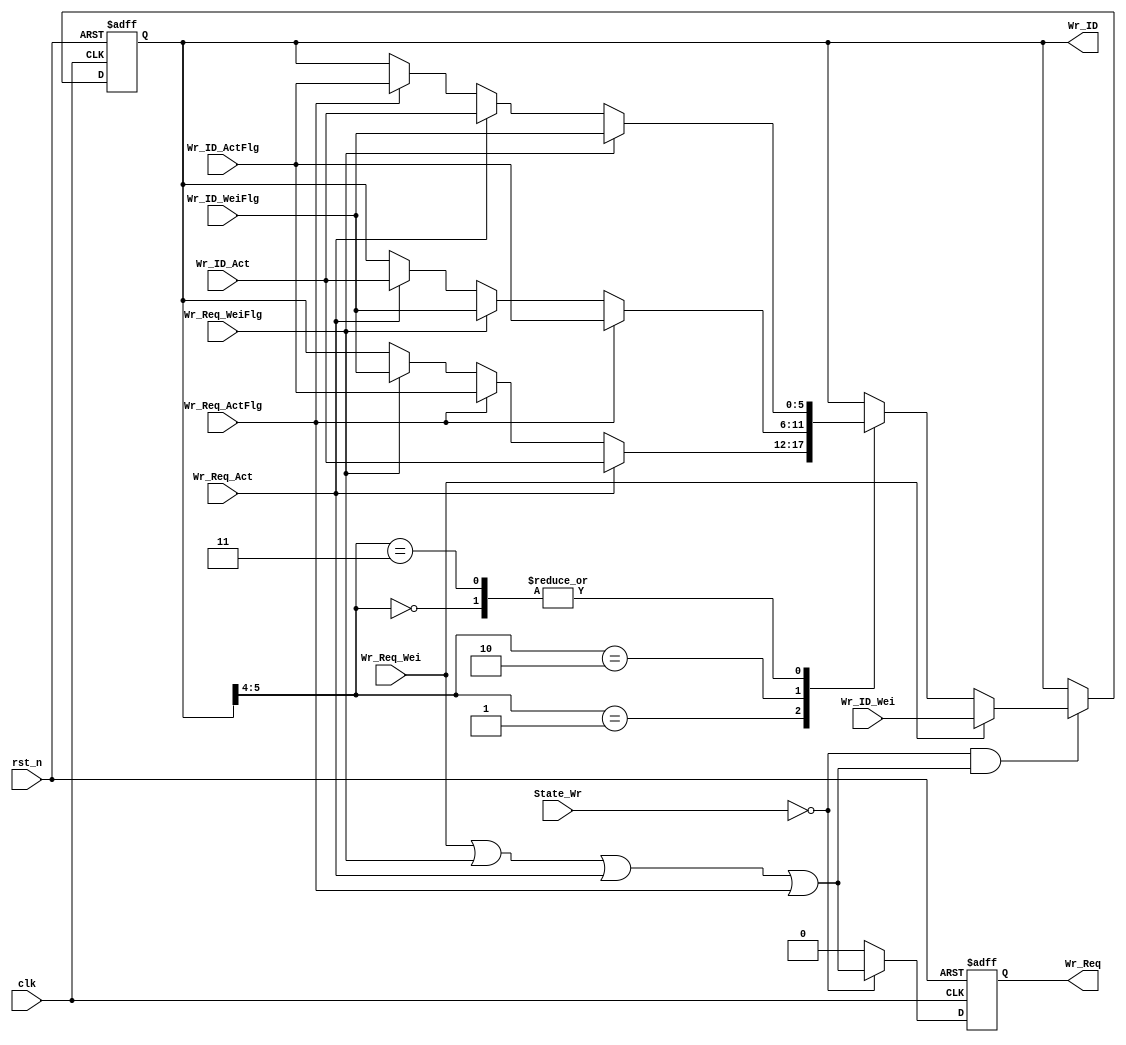
module ARB_WR2SRAM (
    input clk, 
    input rst_n, 
    input [1 : 0]State_Wr, 
    input [5 : 0]Wr_ID_Wei, Wr_ID_WeiFlg, Wr_ID_Act, Wr_ID_ActFlg, 
    input Wr_Req_Wei, Wr_Req_WeiFlg, Wr_Req_Act, Wr_Req_ActFlg, 

    output reg [5 : 0]Wr_ID, 
    output reg Wr_Req

);

parameter IDLE = 2'b00, REQ_READY = 2'b01, READY_TO_WRITE = 2'b11, WRITE = 2'b10; 

always @(posedge clk or negedge rst_n) begin
    if (~rst_n) begin
        Wr_Req <= 0;        
    end else if (State_Wr == IDLE) begin
        Wr_Req <= Wr_Req_Wei | Wr_Req_WeiFlg | Wr_Req_Act | Wr_Req_ActFlg;
    end else begin
        Wr_Req <= 0;
    end
end

always @(posedge clk or negedge rst_n) begin
    if (~rst_n) begin
        Wr_ID <= 0;    
    end else if ((State_Wr == IDLE) && (Wr_Req_Wei | Wr_Req_WeiFlg | Wr_Req_Act | Wr_Req_ActFlg) == 1) begin
        if (Wr_Req_Wei) begin
            Wr_ID <= Wr_ID_Wei;
        end else begin
            case(Wr_ID[5 : 4])
            2'b00: if (Wr_Req_WeiFlg) begin
                Wr_ID <= Wr_ID_WeiFlg;
            end else if (Wr_Req_Act) begin
                Wr_ID <= Wr_ID_Act;
            end else if (Wr_Req_ActFlg) begin
                Wr_ID <= Wr_ID_ActFlg;
            end 
            2'b01: if (Wr_Req_Act) begin
                Wr_ID <= Wr_ID_Act;
            end else if (Wr_Req_ActFlg) begin
                Wr_ID <= Wr_ID_ActFlg;
            end else if (Wr_Req_WeiFlg) begin
                Wr_ID <= Wr_ID_WeiFlg;
            end 
            2'b10: if (Wr_Req_ActFlg) begin
                Wr_ID <= Wr_ID_ActFlg;
            end else if (Wr_Req_WeiFlg) begin
                Wr_ID <= Wr_ID_WeiFlg;
            end else if (Wr_Req_Act) begin
                Wr_ID <= Wr_ID_Act;
            end  
            2'b11: if (Wr_Req_WeiFlg) begin
                Wr_ID <= Wr_ID_WeiFlg;
            end else if (Wr_Req_Act) begin
                Wr_ID <= Wr_ID_Act;
            end else if (Wr_Req_ActFlg) begin
                Wr_ID <= Wr_ID_ActFlg;
            end 
            endcase
        end
    end    
end


endmodule